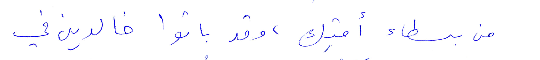
من بسطاء أمتك، وقد باتوا خالدين في